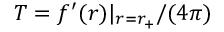
T = f ^ { \prime } ( r ) | _ { r = r _ { + } } / ( 4 \pi )